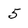
Character: 5